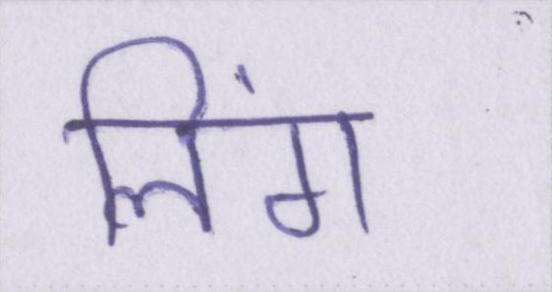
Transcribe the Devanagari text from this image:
लिंग